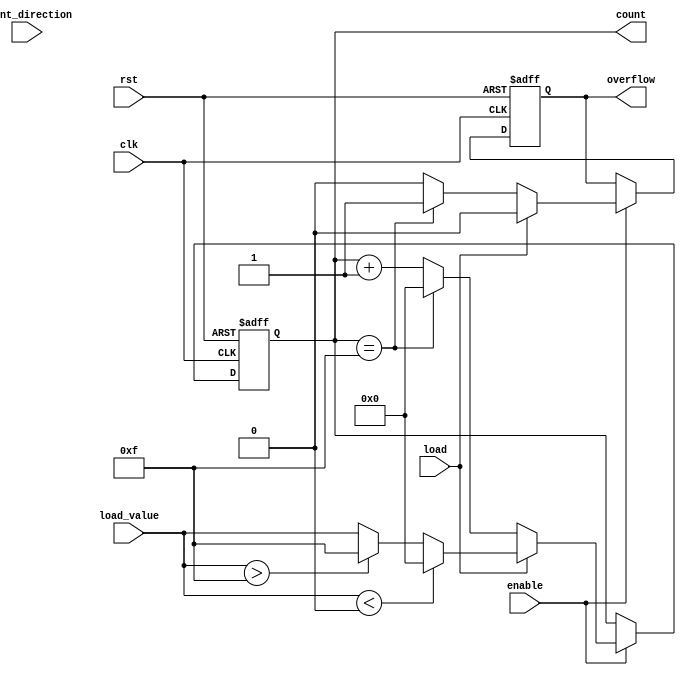
module parameterized_counter #(
    parameter WIDTH = 4,
    parameter MIN_VALUE = 0,
    parameter MAX_VALUE = 15, // Should be within the limits of WIDTH
    parameter COUNT_MODE = 0  // 0: Up, 1: Down, 2: Up/Down
)(
    input wire clk,
    input wire rst,
    input wire enable,
    input wire count_direction, // Used only in Up/Down mode
    input wire load,
    input wire [WIDTH-1:0] load_value,
    output reg [WIDTH-1:0] count,
    output reg overflow
);
    
    // Internal signals
    reg [WIDTH-1:0] next_count;

    always @(posedge clk or posedge rst) begin
        if (rst) begin
            count <= MIN_VALUE;
            overflow <= 1'b0;
        end else if (!enable) begin
            // Retain current count
            count <= count;
        end else if (load) begin
            // Load new value into the counter
            if (load_value < MIN_VALUE) begin
                count <= MIN_VALUE;
            end else if (load_value > MAX_VALUE) begin
                count <= MAX_VALUE;
            end else begin
                count <= load_value;
            end
            overflow <= 1'b0;
        end else begin
            // Counting logic based on COUNT_MODE
            case (COUNT_MODE)
                2'b00: // Count Up
                    if (count == MAX_VALUE) begin
                        next_count = MIN_VALUE;
                        overflow <= 1'b1; // Set overflow
                    end else begin
                        next_count = count + 1;
                        overflow <= 1'b0;
                    end
                2'b01: // Count Down
                    if (count == MIN_VALUE) begin
                        next_count = MAX_VALUE;
                        overflow <= 1'b1; // Set overflow
                    end else begin
                        next_count = count - 1;
                        overflow <= 1'b0;
                    end
                2'b10: // Up/Down Mode
                    if (count_direction) begin
                        // Count Up
                        if (count == MAX_VALUE) begin
                            next_count = MIN_VALUE;
                            overflow <= 1'b1; // Set overflow
                        end else begin
                            next_count = count + 1;
                            overflow <= 1'b0;
                        end
                    end else begin
                        // Count Down
                        if (count == MIN_VALUE) begin
                            next_count = MAX_VALUE;
                            overflow <= 1'b1; // Set overflow
                        end else begin
                            next_count = count - 1;
                            overflow <= 1'b0;
                        end
                    end
                default: begin
                    next_count = count; // Default to hold current count
                    overflow <= 1'b0;
                end
            endcase
            count <= next_count;
        end
    end

endmodule